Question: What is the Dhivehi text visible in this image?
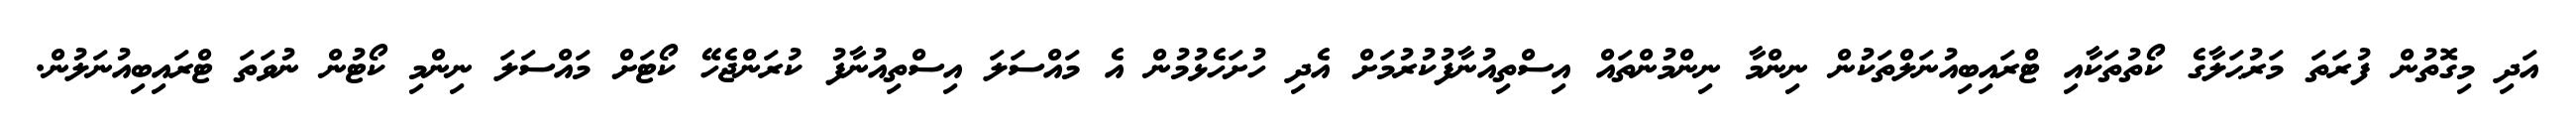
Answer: އަދި މިގޮތުން ފުރަތަ މަރުޙަލާގެ ކޯތުތަކާއި ޓްރައިބިއުނަލްތަކުން ނިންމާ ނިންމުންތައް އިސްތިއުނާފުކުރުމަށް އެދި ހުށަހެޅުމުން އެ މައްސަލަ އިސްތިއުނާފު ކުރަންޖެހޭ ކޯޓަށް މައްސަލަ ނިންމި ކޯޓުން ނުވަތަ ޓްރައިބިއުނަލުން.